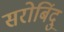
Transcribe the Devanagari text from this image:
सरोबिंदु